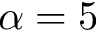
\alpha = 5